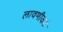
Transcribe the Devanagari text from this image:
लावणीकडे